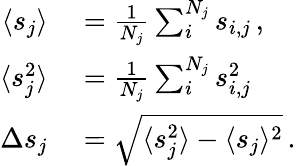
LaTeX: \begin{array}{rl}{\langle s_{j}\rangle}&{{}=\frac{1}{N_{j}}\sum_{i}^{N_{j}}s_{i,j}\, ,}\\ {\langle s_{j}^{2}\rangle}&{{}=\frac{1}{N_{j}}\sum_{i}^{N_{j}}s_{i,j}^{2}\, }\\ {\Delta s_{j}}&{{}=\sqrt{\langle s_{j}^{2}\rangle-\langle s_{j}\rangle^{2}}\, .}\end{array}